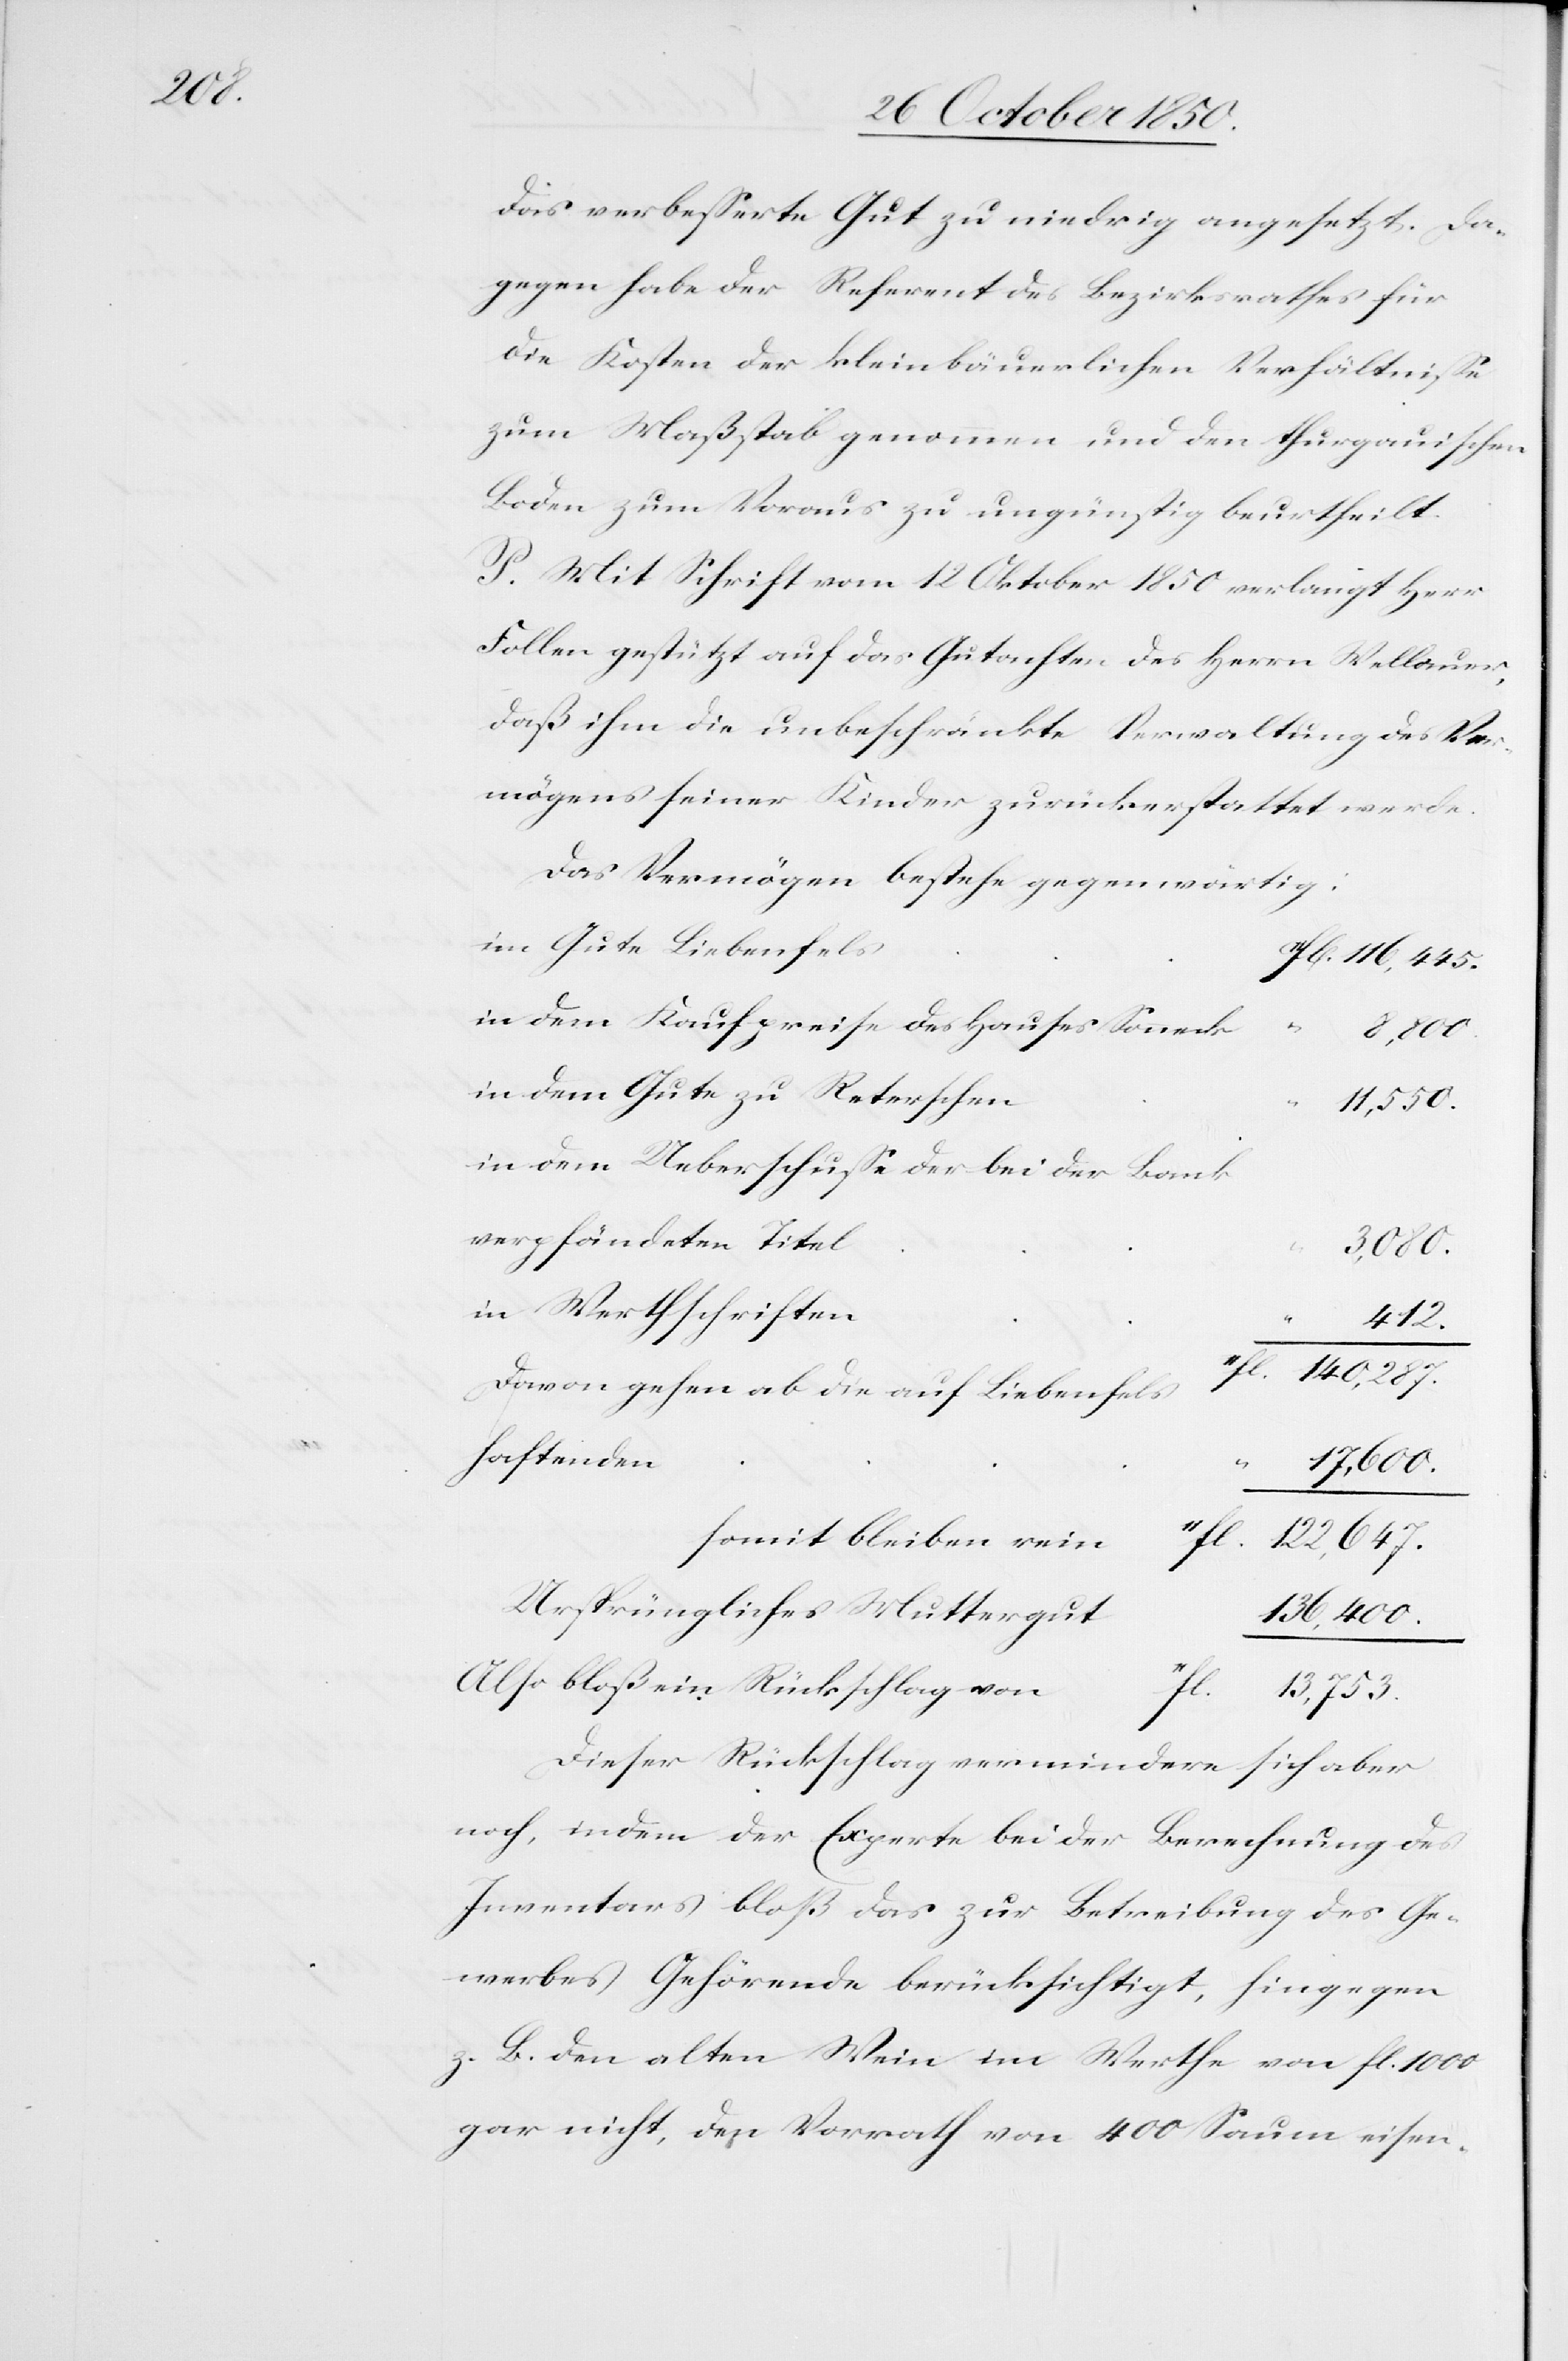
140,287.

das verbesserte Gut zu niedrig angesetzt. Da¬
gegen habe der Referent des Bezirksrathes für
die Kosten der [recte: die] kleinbäuerlichen Verhältnisse
zum Maßstab genommen und den thurgauischen
Boden zum Voraus zu ungünstig beurtheilt.
P. Mit Schrift vom 12 Oktober 1850 verlangt Herr
Follen gestützt auf das Gutachten des Herrn Wellauer,
daß ihm die unbeschränkte Verwaltung des Ver¬
mögens seiner Kinder zurückerstattet werde.
Das Vermögen bestehe gegenwärtig:
im Gute Liebenfels
in dem Kaufpreise des Hauses Sonneck
in dem Gute zu Reterschen
11,550.
in dem Ueberschusse der bei der Bank
verpfändeten Titel
3,080.
in Werthschriften
412.
Davon gehen ab die auf Liebenfels
haftenden
11fl.
somit bleiben rein
Ursprüngliches Muttergut
136,400.
Also bloß ein Rückschlag von
11fl.
13,753.
Dieser Rückschlag vermindere sich aber
noch, indem der Experte bei der Berechnung des
Inventars bloß das zur Betreibung des Ge¬
werbes Gehörende berücksichtigt, hingegen
z. B. den alten Wein im Werthe von fl. 1000
gar nicht, den Vorrath von 400 Saum eisen-